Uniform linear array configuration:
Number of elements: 12
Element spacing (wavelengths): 0.5
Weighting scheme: binomial
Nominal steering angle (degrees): -60
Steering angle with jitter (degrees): -60.858
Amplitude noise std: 0.05
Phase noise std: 0.05

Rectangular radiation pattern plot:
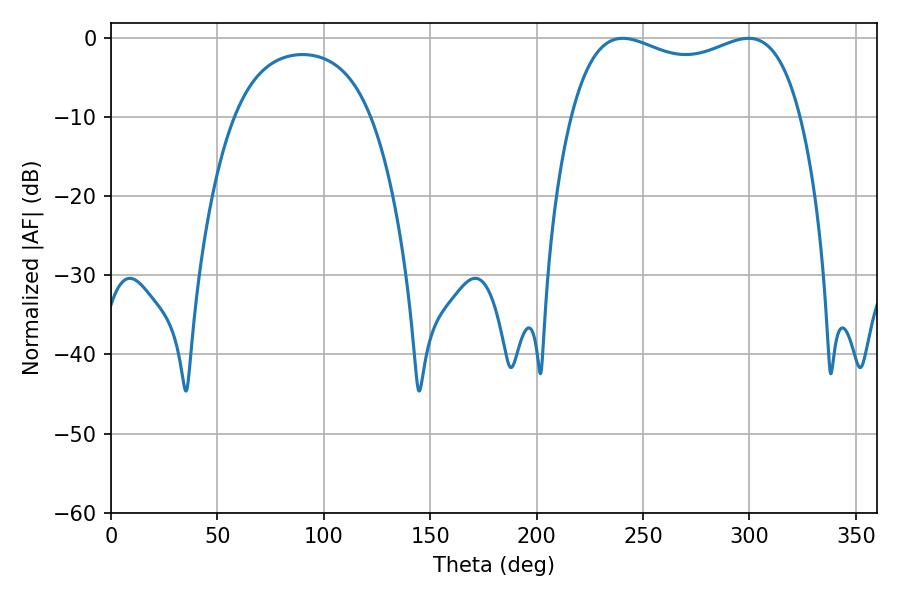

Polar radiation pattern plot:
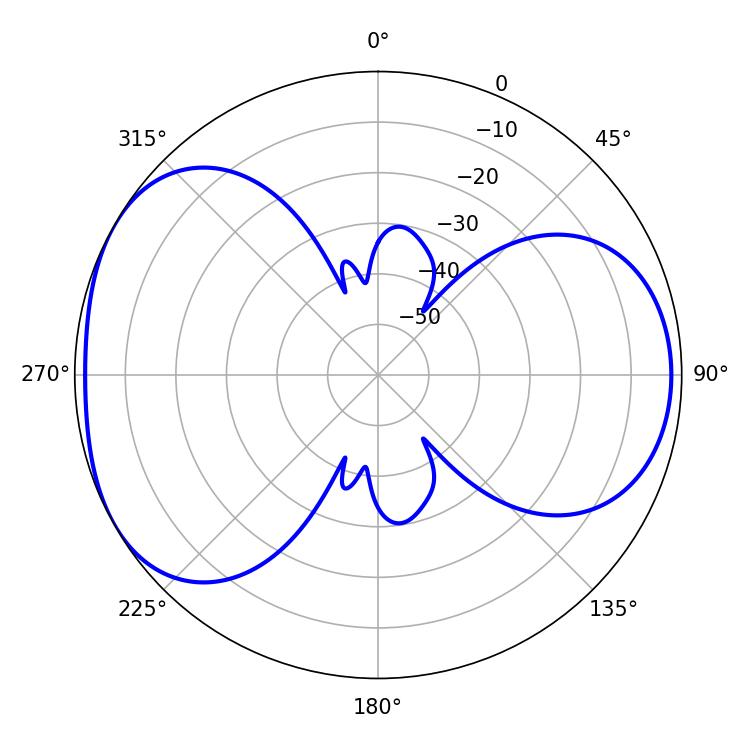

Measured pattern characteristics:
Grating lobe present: FALSE
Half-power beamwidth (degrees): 88.92
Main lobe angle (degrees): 240.48